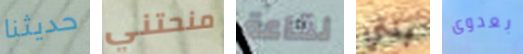
حديثنا منحتني لقاعة بنتي بعدوى